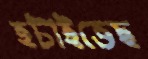
হটাইতেছ